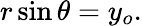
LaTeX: r\sin\theta=y_{o}.